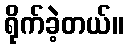
ရိုက်ခဲ့တယ်။